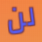
لن